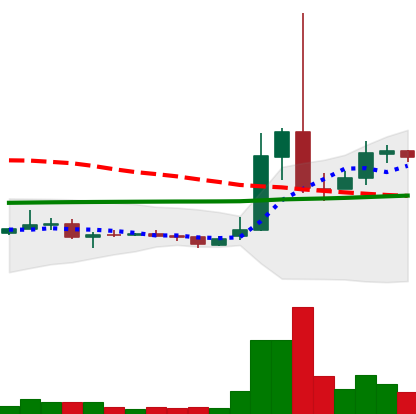
Ticker: XRP-USD
Chart end date: 2021-02-06
Forward return: 19.515%
Label: up_7plus